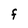
Character: F